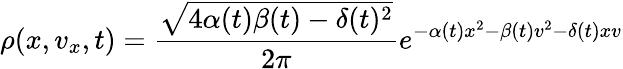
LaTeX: \rho(x,v_{x},t)=\frac{\sqrt{4\alpha(t)\beta(t)-\delta(t)^{2}}}{2\pi}e^{-\alpha(t)x^{2}-\beta(t)v^{2}-\delta(t)xv}